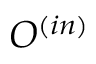
O ^ { ( i n ) }